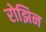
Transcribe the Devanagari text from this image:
रोझिन